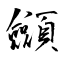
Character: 顩